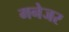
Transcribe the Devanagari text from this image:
मनेजर